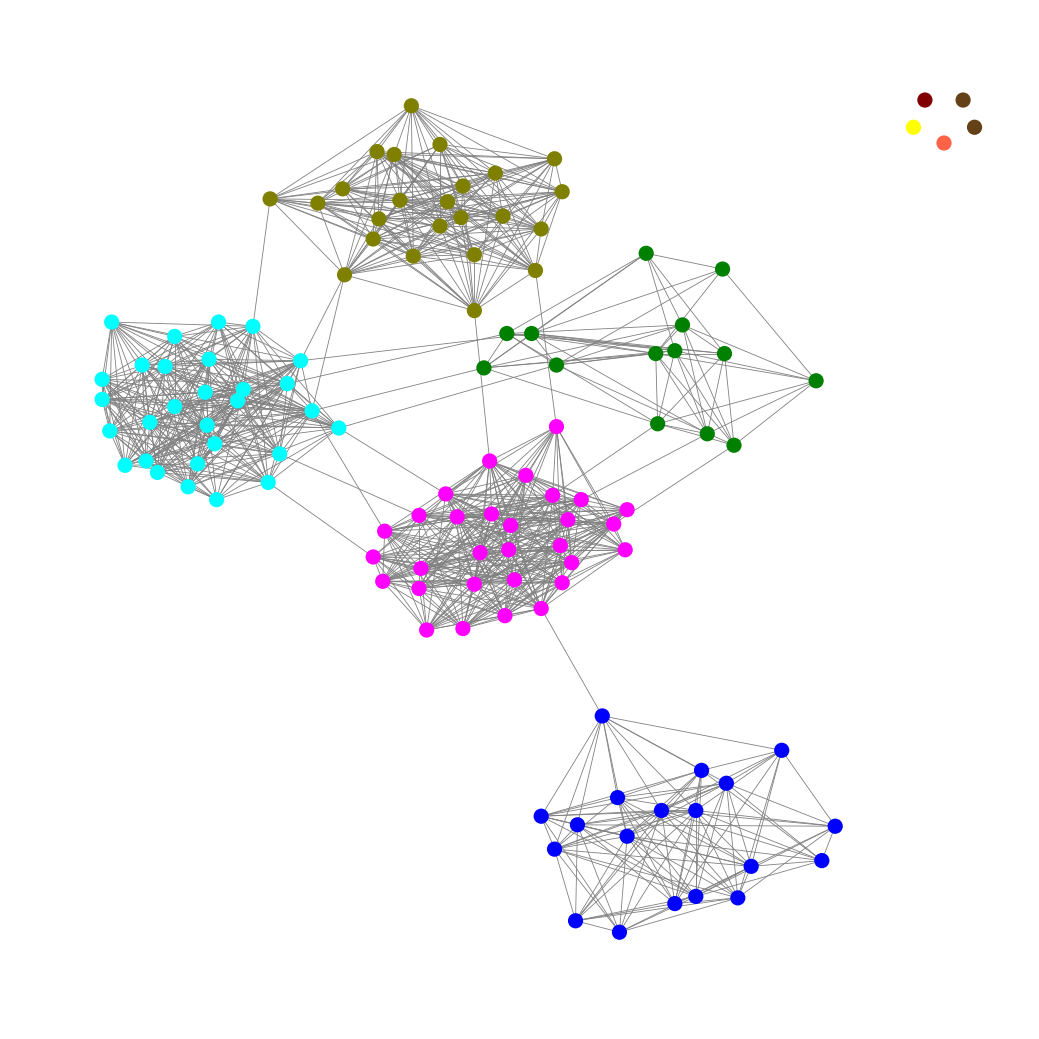
Graph connected: No
Number of connected components: 6
Number of singletons: 5
Total number of nodes: 121
Total number of edges: 974
Number of communities: 9
Community sizes:
Aqua: 29
Blue: 19
Fuchsia: 30
Green: 14
Maroon: 1
Olive: 24
Pullman Brown: 2
Tomato: 1
Yellow: 1
Graph layout: tda
Graph generation method: erdos_renyi